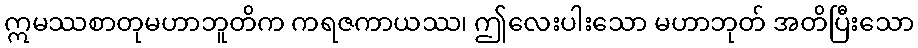
ဣမဿစာတုမဟာဘူတိက ကရဇကာယဿ၊ ဤလေးပါးသော မဟာဘုတ် အတိပြီးသော